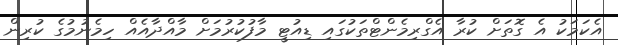
އެކަމަކު އެ ގޮތަށް ކުރާ އެގްރިމެންޓްތަކުގައި ޑިއުޓީ މާފުކުރުމަށް މާއްދާއެއް ހިމެނުމުގެ ކުރިން